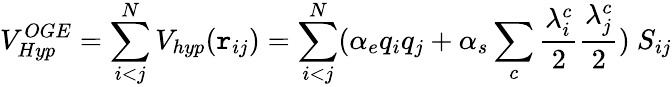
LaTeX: V_{Hyp}^{OGE}=\sum_{i<j}^{N}V_{hyp}(\mathtt{r}_{ij})=\sum_{i<j}^{N}(\alpha_{e}q_{i}q_{j}+\alpha_{s}\sum_{c}\frac{{\lambda_{i}^{c}}}{{2}}\frac{{\lambda_{j}^{c}}}{{2}})\ S_{ij}